Problem: 23 + 40 = ?
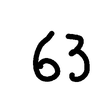
Handwritten answer: 63